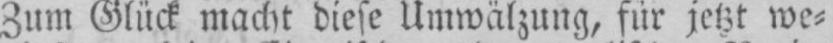
Zum Glück macht diese Umwälzung, für jetzt we⸗